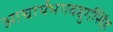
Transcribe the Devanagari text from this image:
आचार्यभगवद्दुर्गसिंह